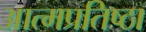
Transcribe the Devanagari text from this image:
आत्मप्रतिष्ठा